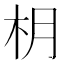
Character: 枂